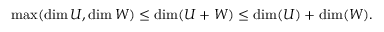
\operatorname* { m a x } ( \dim U , \dim W ) \leq \dim ( U + W ) \leq \dim ( U ) + \dim ( W ) .